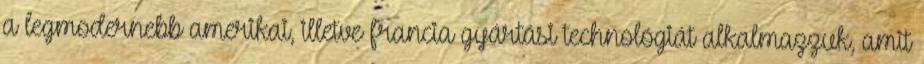
a legmodernebb amerikai, illetve francia gyártási technológiát alkalmazzuk, amit